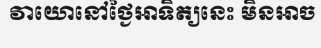
វាយោនៅថ្ងៃអាទិត្យនេះ មិនអាច